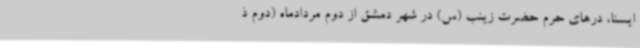
ایسنا، درهای حرم حضرت زینب (س) در شهر دمشق از دوم مردادماه (دوم ذ